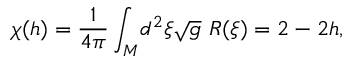
\chi ( h ) = \frac { 1 } { 4 \pi } \int _ { M } \! d ^ { 2 } \xi \sqrt { g } \ { \cal R } ( \xi ) = 2 - 2 h ,